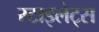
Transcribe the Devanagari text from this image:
स्टाइलेट्स